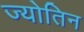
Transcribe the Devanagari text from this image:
ज्‍योतिन